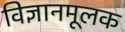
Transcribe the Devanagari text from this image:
विज्ञानमूलक